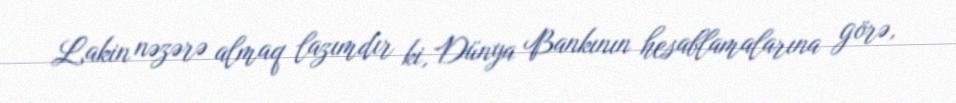
Lakin nəzərə almaq lazımdır ki, Dünya Bankının hesablamalarına görə,